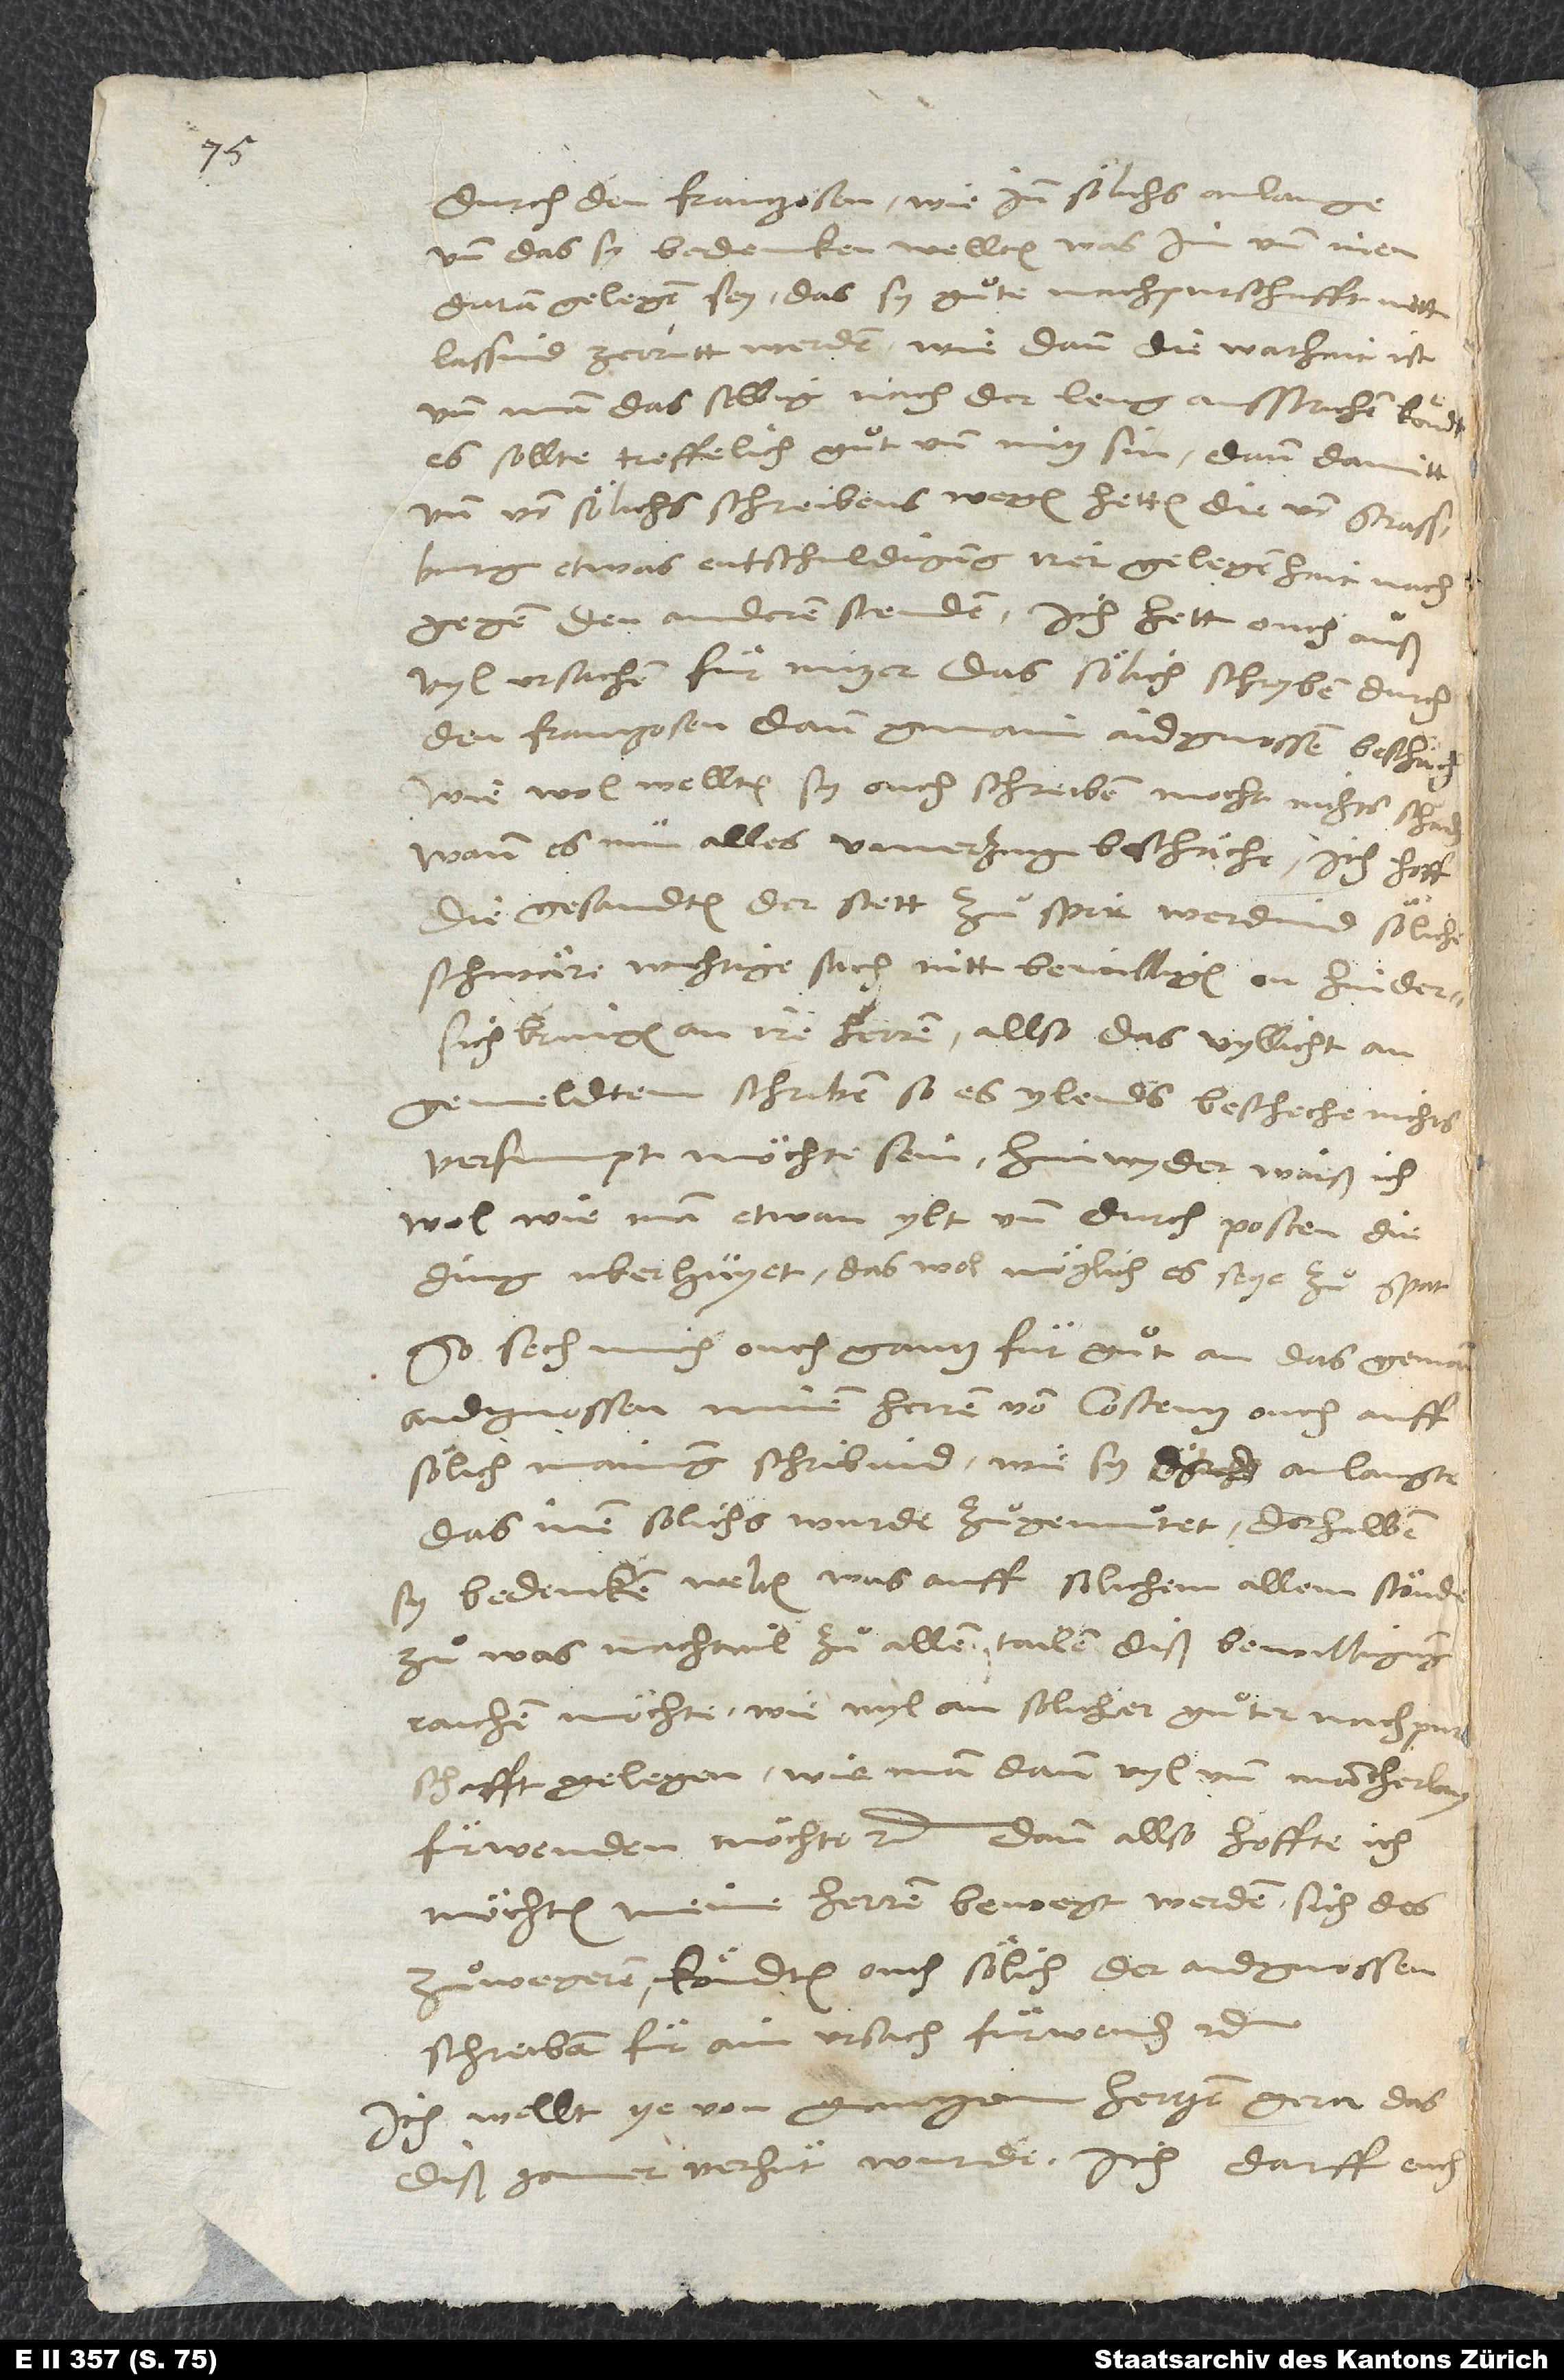
durch den Frantzosen, wie inn sölichs anlange,
und das sy bedencken wellten, was im und inen
daran gelegen sey, das sy guͦte nachpurschafft nitt
lassind zerrütt werden, wie dann die warhait ist,
und man das selbig nach der leng ausstrichen köndt,
es sollte treffelich guͦt und nütz sin; dann damitt
und von sölichs schreibens wegen hetten die von Strassburg
etwas entschuldigung irer gelegenhait nach
gegen den anderen stenden. Ich hett ouch ausß
vyl ursachen für nützer, das sölich schryben durch
den Frantzosen dann gmain aidgnossen beschäche,
wie wol, wellten sy ouch schreiben, mocht nichts schaden,
wann es nun alles unverzug beschäche. Ich hoff,
die gesandten der stett zuͦ Spir werdind söliche
schwäre, wichtige sach nitt bewilligen on hindersichbringen
gemeldtem schriben, so es ylends bescheche, nichts
versumpt möchte sein. Hinwyder waiß ich
wol, wie man etwan ylt und durch posten die
ding uberhuyet, das wol möglich, es seye zuͦ spat.
So sech mich ouch gantz für guͦt an, das gemain
aidgnossen minen herren von Costentz ouch auff
sölich mainung schribind, wie sy anlangte,
das inen solichs wurde zuͦgemuͦtet, derhalben
sy bedencken welten, was auff solichem allem stönde,
zuͦ was nachtail zuͦ allen tailen diß bewilligung
raichen möchte, wie vyl an solicher guͦter nachpurschafft
gelegen, wie man dann vyl und mancherlay
fürwenden möchte etc. Dann allso, hoffte ich,
möchten meine herren bewegt werden, sich des
zuͦ wegeren, köndten ouch sölich der aidgnossen
schreiben für ain ursach fürwenden etc.
Ich wellt ye von gantzem hertzen gern, das
diß jomer verhüt wurde. Ich darff euch